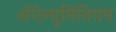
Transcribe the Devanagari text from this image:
अॅऍल्युमिनियम